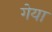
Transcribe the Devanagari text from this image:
गेया